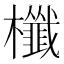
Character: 櫼